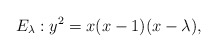
\begin{align*}E_{\lambda} : y^2 = x (x-1)(x-\lambda),\end{align*}